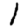
Digit: 1